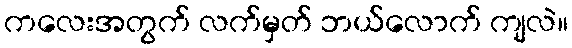
ကလေးအတွက် လက်မှတ် ဘယ်လောက် ကျလဲ။